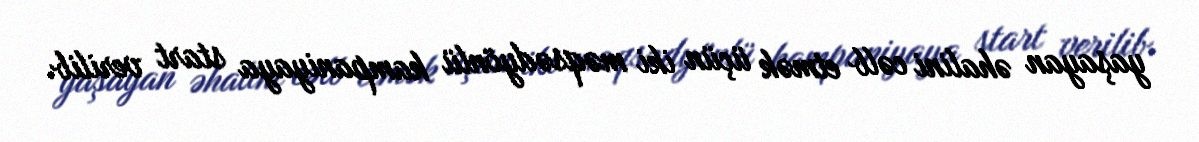
yaşayan əhalini cəlb etmək üçün iki məqsədyönlü kampaniyaya start verilib.